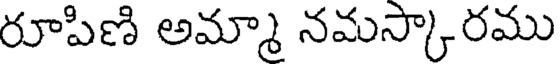
రూపిణి అమ్మా నమస్కారము